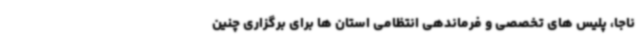
ناجا، پلیس های تخصصی و فرماندهی انتظامی استان ها برای برگزاری چنین